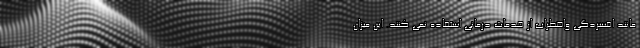
مانند افسردگی واضطراب از خدمات درمانی استفاده نمی کنند. این میزان